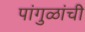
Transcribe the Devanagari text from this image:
पांगुळांची